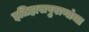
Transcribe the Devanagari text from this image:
इतिहासपुराणांचा